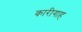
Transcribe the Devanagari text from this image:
कारीगाह